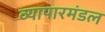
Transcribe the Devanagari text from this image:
व्यापारमंडल